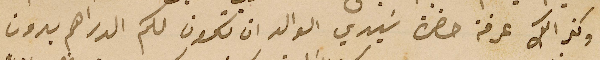
وكذالك عرفة حضرة سَيدي الوالد ان تكون لكم الدراهم بدون